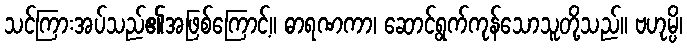
သင်ကြားအပ်သည်၏အဖြစ်ကြောင့်။ ဓာရဏကာ၊ ဆောင်ရွက်ကုန်သောသူတို့သည်။ ဗဟုမ္ပိ၊